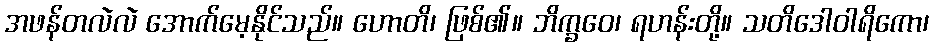
အဖန်တလဲလဲ အောက်မေ့နိုင်သည်။ ဟောတိ၊ ဖြစ်၏။ ဘိက္ခဝေ၊ ရဟန်းတို့။ သတိဒေါဝါရိကော၊